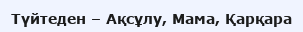
Түйтеден – Ақсұлу, Мама, Қарқара